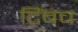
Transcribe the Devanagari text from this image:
टिंबच